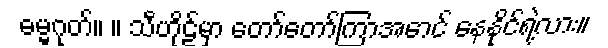
ဓမ္မဂုတ်။ ။ သီဟိုဠ်မှာ တော်တော်ကြာအောင် နေနိုင်ရဲ့လား။